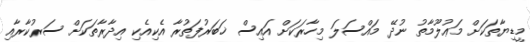
މީޑިޔާތަކަށް މަޢުލޫމާތު ނުދޭ މައްސަލަ މިހާރަކަށް އައިސް ޚަބަރުފަތުރާ އެކިއެކި އިދާރާތަކަށް ސަރުކާރާއި